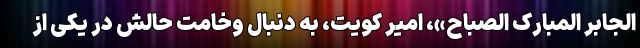
الجابر المبارک الصباح»، امیر کویت، به دنبال وخامت حالش در یکی از